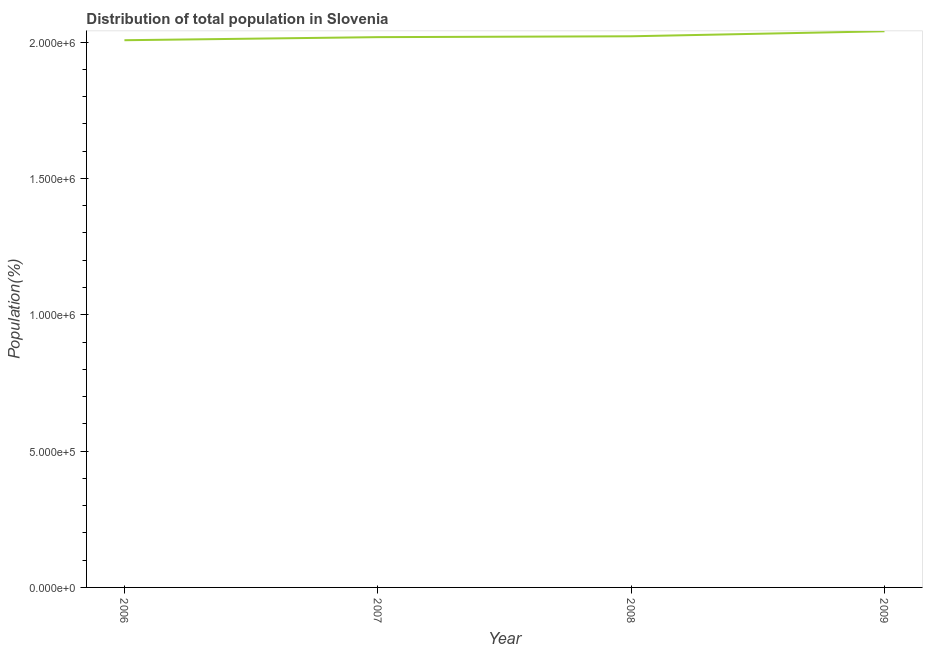
| Year | Total |
 | --- | --- |
 | 2006 | 2.01e+06 |
 | 2007 | 2.02e+06 |
 | 2008 | 2.02e+06 |
 | 2009 | 2.04e+06 |